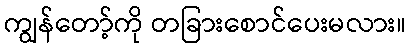
ကျွန်တော့်ကို တခြားစောင်ပေးမလား။